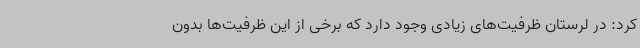
کرد: در لرستان ظرفیت‌های زیادی وجود دارد که برخی از این ظرفیت‌ها بدون